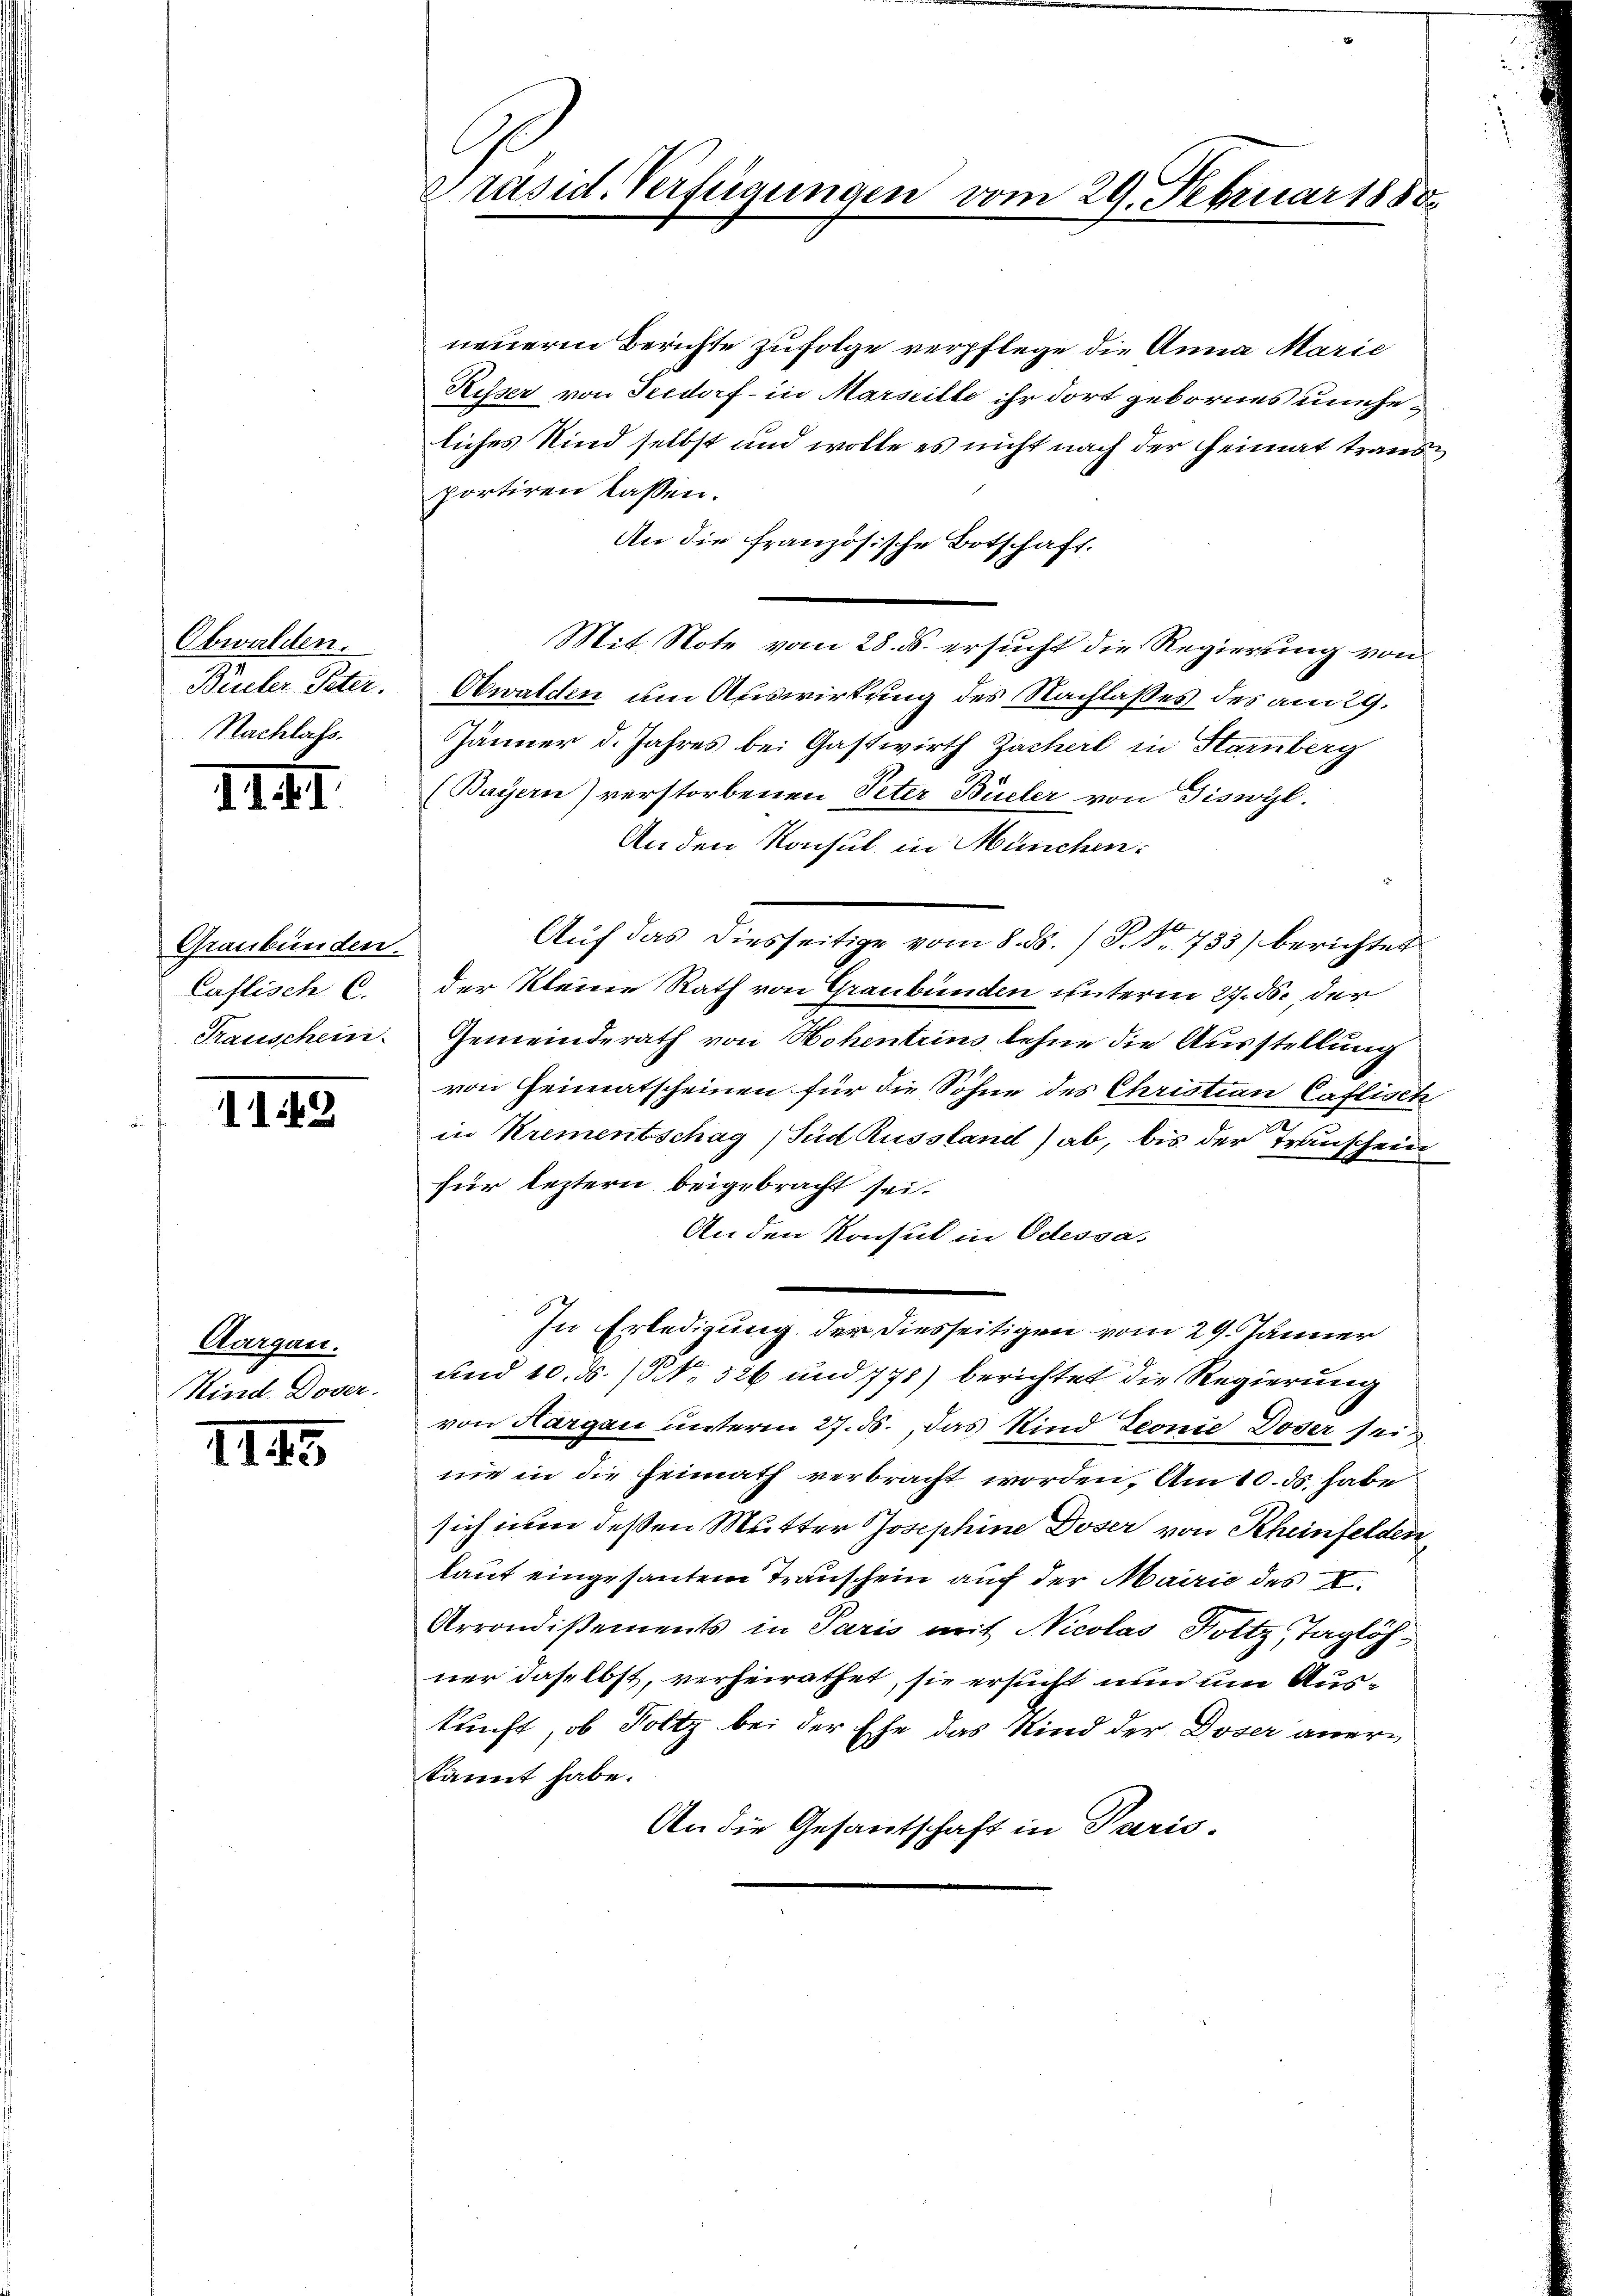
Obwalden.
Büeler Peter.
Nachlass.

IIII.

Graubünden.
Caflisch C.
Trauschein

1149

Aargau.
Kind. Doser.

III5

Präsid. Verfügungen

vom 29. Februar 1888.

neuern Berichte zufolge verpflege die Anna Marie
Risser von Seedorf - in Marseille ihr dort gebornes uneheliches Kind selbst und wolle es nicht nach der Heimat traus
portiren lassen.
An die französische Botschaft.
Mit Note vom 28. ds. ersucht die Regierung von
Obwalden um Auswirkung des Nachlaßes des am 29.
Jänner d. Jahres bei Gastwirth Zacherl in Starnberg
(Bayern) verstorbenen Peter Büeler von Tiswyl.
Anden Konsul in München.
Auf das diesseitige vom 8. ds. / P. Nr. 733) berichtet
der kleine Rath von Graubünden unterm 27. d. der
Gemeinderath von Hohentrins, lehne die Ausstellung
von Heimatscheinen für die Söhne des Christian Caflisch
d
in Krementschag , Süd Russland) ab, bis der Transchein
für leztern beigebracht sei.
An den Konsul in Odessa.
In Erledigung der diesseitigen vom 29. Jänner
und 10. ds. / NNo. 526 und 771) berichtet die Regierung
von Hargau unterm 27. ds., das Kind Leonie Doser sei
nie in die Heimath verbracht worden. Am 10. ds. habe
sich um deßen Mutter Josephine Doser von Rheinfelden,
laut eingesanten Transchein auf der Mairie des I.
Arrondisements in Paris mit Nicolas Holtz, Taglöhner daselbst, verheirathet, sie ersucht nun um Auskunft, ob Foltz bei der Ehe das Kind der Doser anerkannt habe.
An die Gesantschaft in Paris.